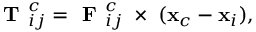
{ \textbf { T } _ { i j } ^ { c } } = \textbf { F } _ { i j } ^ { c } \; \times \; ( \mathbf { x } _ { c } - \mathbf { x } _ { i } ) ,